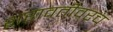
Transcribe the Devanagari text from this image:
शरावतीवरच